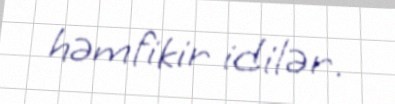
həmfikir idilər.